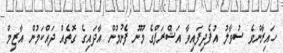
ހައިރާންވެ ސުވާލު އުފެދިފައިވާ އަޝްރަފްގެ މޫނު ފެނުމުން އާދައިގެ ގޮތެއް ދައްކަމުން އާޒިމް